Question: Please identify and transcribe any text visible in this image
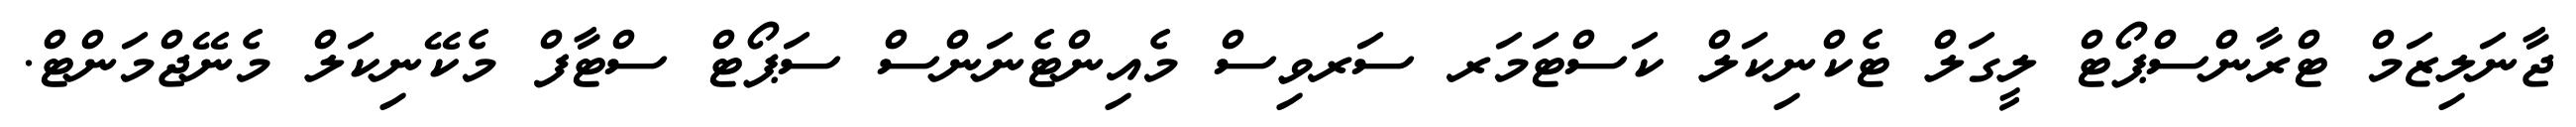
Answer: ޖާނަލިޒަމް ޓްރާންސްޕޯޓް ލީގަލް ޓެކްނިކަލް ކަސްޓަމަރ ސަރވިސް މެއިންޓެނަންސް ސަޕޯޓް ސްޓާފް މެކޭނިކަލް މެނޭޖްމަންޓް.